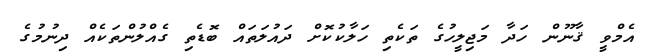
އެމްވީ ޤާނޫން ހަދާ މަޖިލީހުގެ ތަކެތި ހަލާކުކޮށް ދައުލަތައް ބޮޑެތި ގެއްލުންތަކެއް ދިނުމުގެ